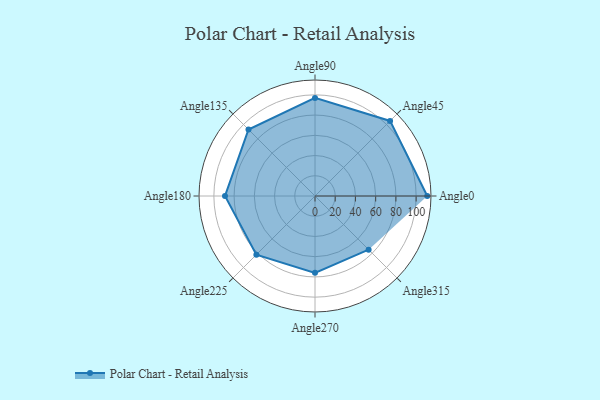
{"axis": {"x": "Angle", "y": "Radius"}, "legend": [""], "data": [{"x": "Angle0", "y": 111.0, "type": ""}, {"x": "Angle45", "y": 105.0, "type": ""}, {"x": "Angle90", "y": 97.0, "type": ""}, {"x": "Angle135", "y": 93.0, "type": ""}, {"x": "Angle180", "y": 89.0, "type": ""}, {"x": "Angle225", "y": 82.0, "type": ""}, {"x": "Angle270", "y": 76.0, "type": ""}, {"x": "Angle315", "y": 75.0, "type": ""}]}